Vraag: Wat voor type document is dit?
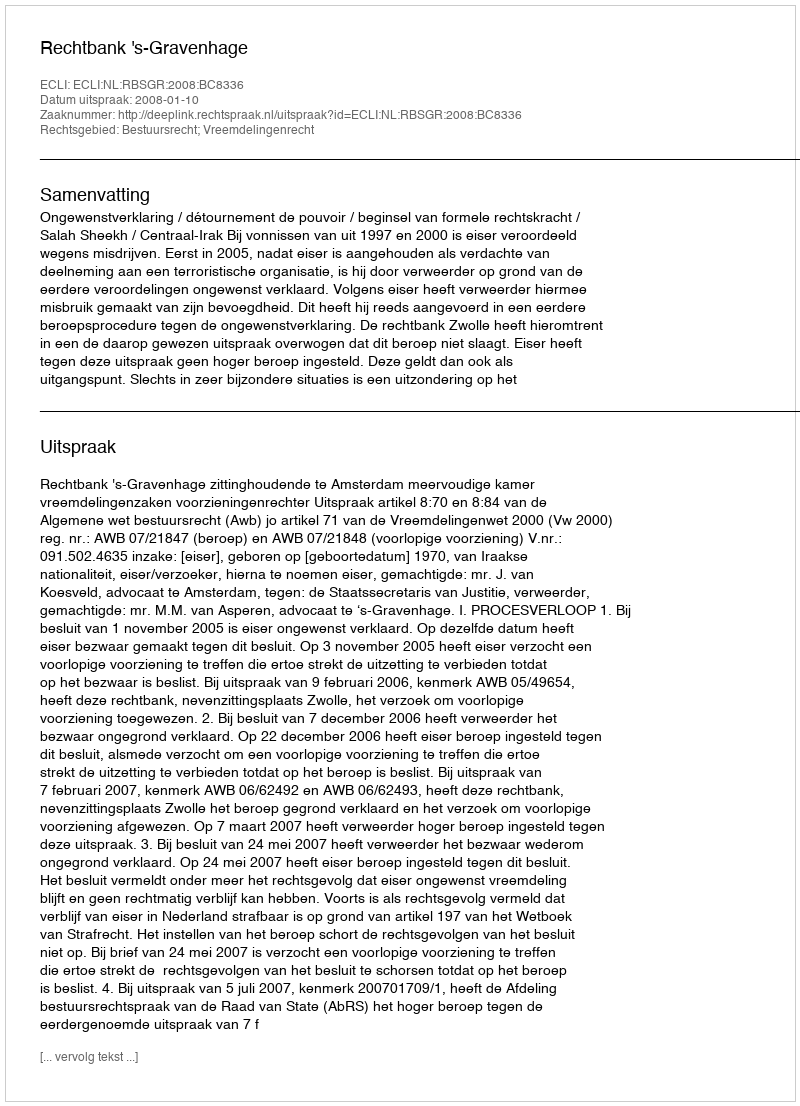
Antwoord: Uitspraak